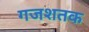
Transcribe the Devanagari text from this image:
गजशतक